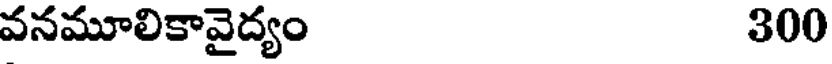
వనమూలికావైద్యం 300